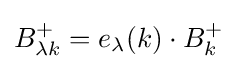
B_{\lambda k}^{+}=e_{\lambda }(k)\cdot B_{k}^{+}